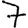
Digit: 7